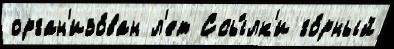
орган'изо́ван л'ет Ссы́лк'и го́рный